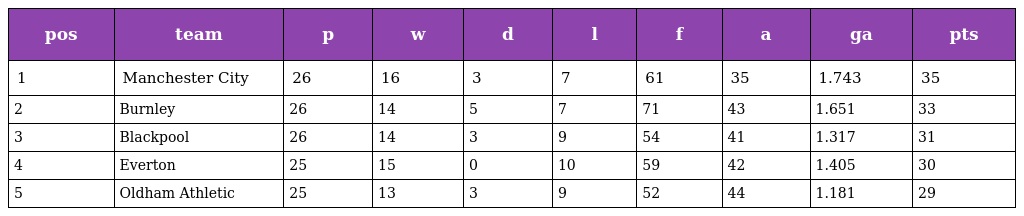
| pos | team | p | w | d | l | f | a | ga | pts |
 | --- | --- | --- | --- | --- | --- | --- | --- | --- | --- |
 | 1 | Manchester City | 26 | 16 | 3 | 7 | 61 | 35 | 1.743 | 35 |
 | 2 | Burnley | 26 | 14 | 5 | 7 | 71 | 43 | 1.651 | 33 |
 | 3 | Blackpool | 26 | 14 | 3 | 9 | 54 | 41 | 1.317 | 31 |
 | 4 | Everton | 25 | 15 | 0 | 10 | 59 | 42 | 1.405 | 30 |
 | 5 | Oldham Athletic | 25 | 13 | 3 | 9 | 52 | 44 | 1.181 | 29 |